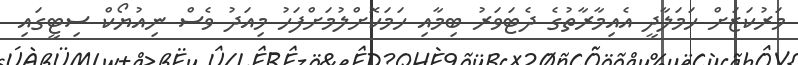
މަރުކަޒަށް ހަމަލާދީ އެއިމާރާތުގެ ދެޓަވަރު ބިމާއި ހަމަކޮށްލުމަށްފަހު މިއަދު ވެސް ނިއުޔޯކް ސިޓީގައި